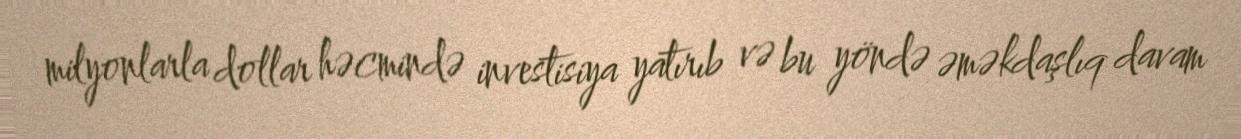
milyonlarla dollar həcmində investisiya yatırıb və bu yöndə əməkdaşlıq davam